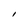
Character: I